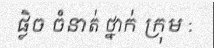
ផ្លិច ចំនាត់ ថ្នាក់ ក្រុម :